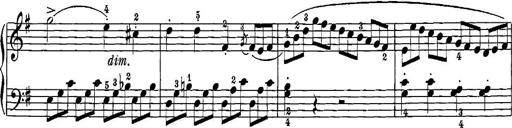
Title: 12 Sonatinas
Composer: Ignaz Pleyel